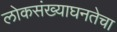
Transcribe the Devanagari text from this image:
लोकसंख्याघनतेचा